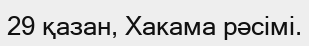
29 қазан, Хакама рәсімі.